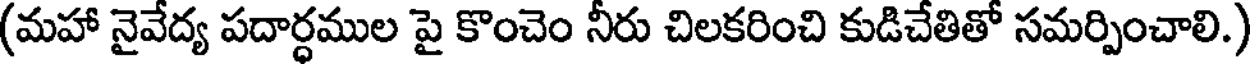
(మహా నైవేద్య పదార్ధముల పై కొంచెం నీరు చిలకరించి కుడిచేతితో సమర్పించాలి.)